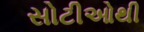
સોટીઓથી